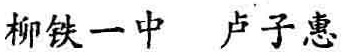
柳铁一中 卢子惠